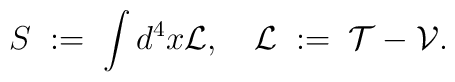
S \; := \; \int{d^4x} {\cal L} , \quad {\cal L} \; := \; {\cal T} - {\cal V} .